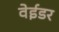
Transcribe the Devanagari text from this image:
वेईडर